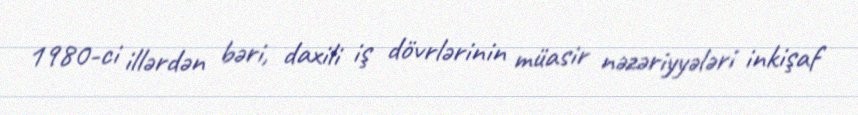
1980-ci illərdən bəri, daxili iş dövrlərinin müasir nəzəriyyələri inkişaf